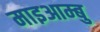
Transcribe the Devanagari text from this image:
माइआम्बु